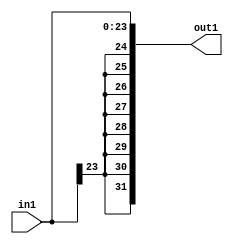
module signext_2(out1,in1);
input [23:0] in1;
output [31:0] out1;
assign 	 out1 = {{ 8 {in1[23]}}, in1};
endmodule